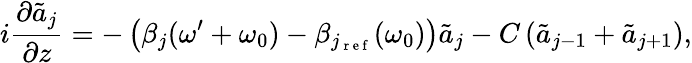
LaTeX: i\frac{\partial\tilde{a}_{j}}{\partial z}=-\left(\beta_{j}(\omega^{\prime}+\omega_{0})-\beta_{j_{\mathrm{~r~e~f~}}}(\omega_{0})\right)\tilde{a}_{j}-C\left(\tilde{a}_{j-1}+\tilde{a}_{j+1}\right),